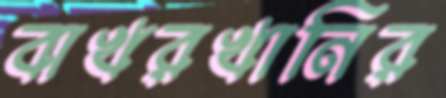
বাখরখানির